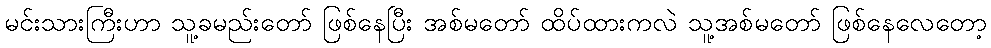
မင်းသားကြီးဟာ သူ့ခမည်းတော် ဖြစ်နေပြီး အစ်မတော် ထိပ်ထားကလဲ သူ့အစ်မတော် ဖြစ်နေလေတော့